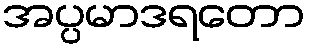
အပ္ပမာဒရတော